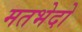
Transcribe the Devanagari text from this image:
मतभेदो